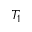
T _ { 1 }